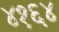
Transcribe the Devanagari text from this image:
४१६४